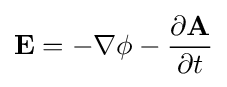
\mathbf {E} =-\mathbf {\nabla } \phi -{\frac {\partial \mathbf {A} }{\partial t}}